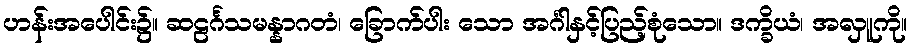
ဟန်းအပေါင်း၌။ ဆဠင်္ဂသမန္နာဂတံ၊ ခြောက်ပါး သော အင်္ဂါနှင့်ပြည့်စုံသော။ ဒက္ခိယံ၊ အလှူကို။